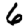
Digit: 6